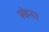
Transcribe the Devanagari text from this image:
स्‍केनर